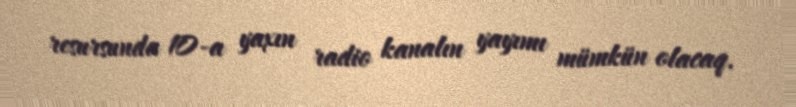
resursunda 10-a yaxın radio kanalın yayımı mümkün olacaq.